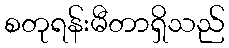
စတုရန်းမီတာရှိသည်